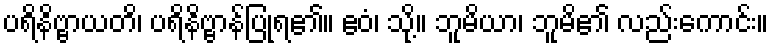
ပရိနိဗ္ဗာယတိ၊ ပရိနိဗ္ဗာန်ပြုရ၏။ ဧဝံ၊ သို့။ ဘူမိယာ၊ ဘူမိ၏ လည်းကောင်း။